Riigikantselei, lk 147
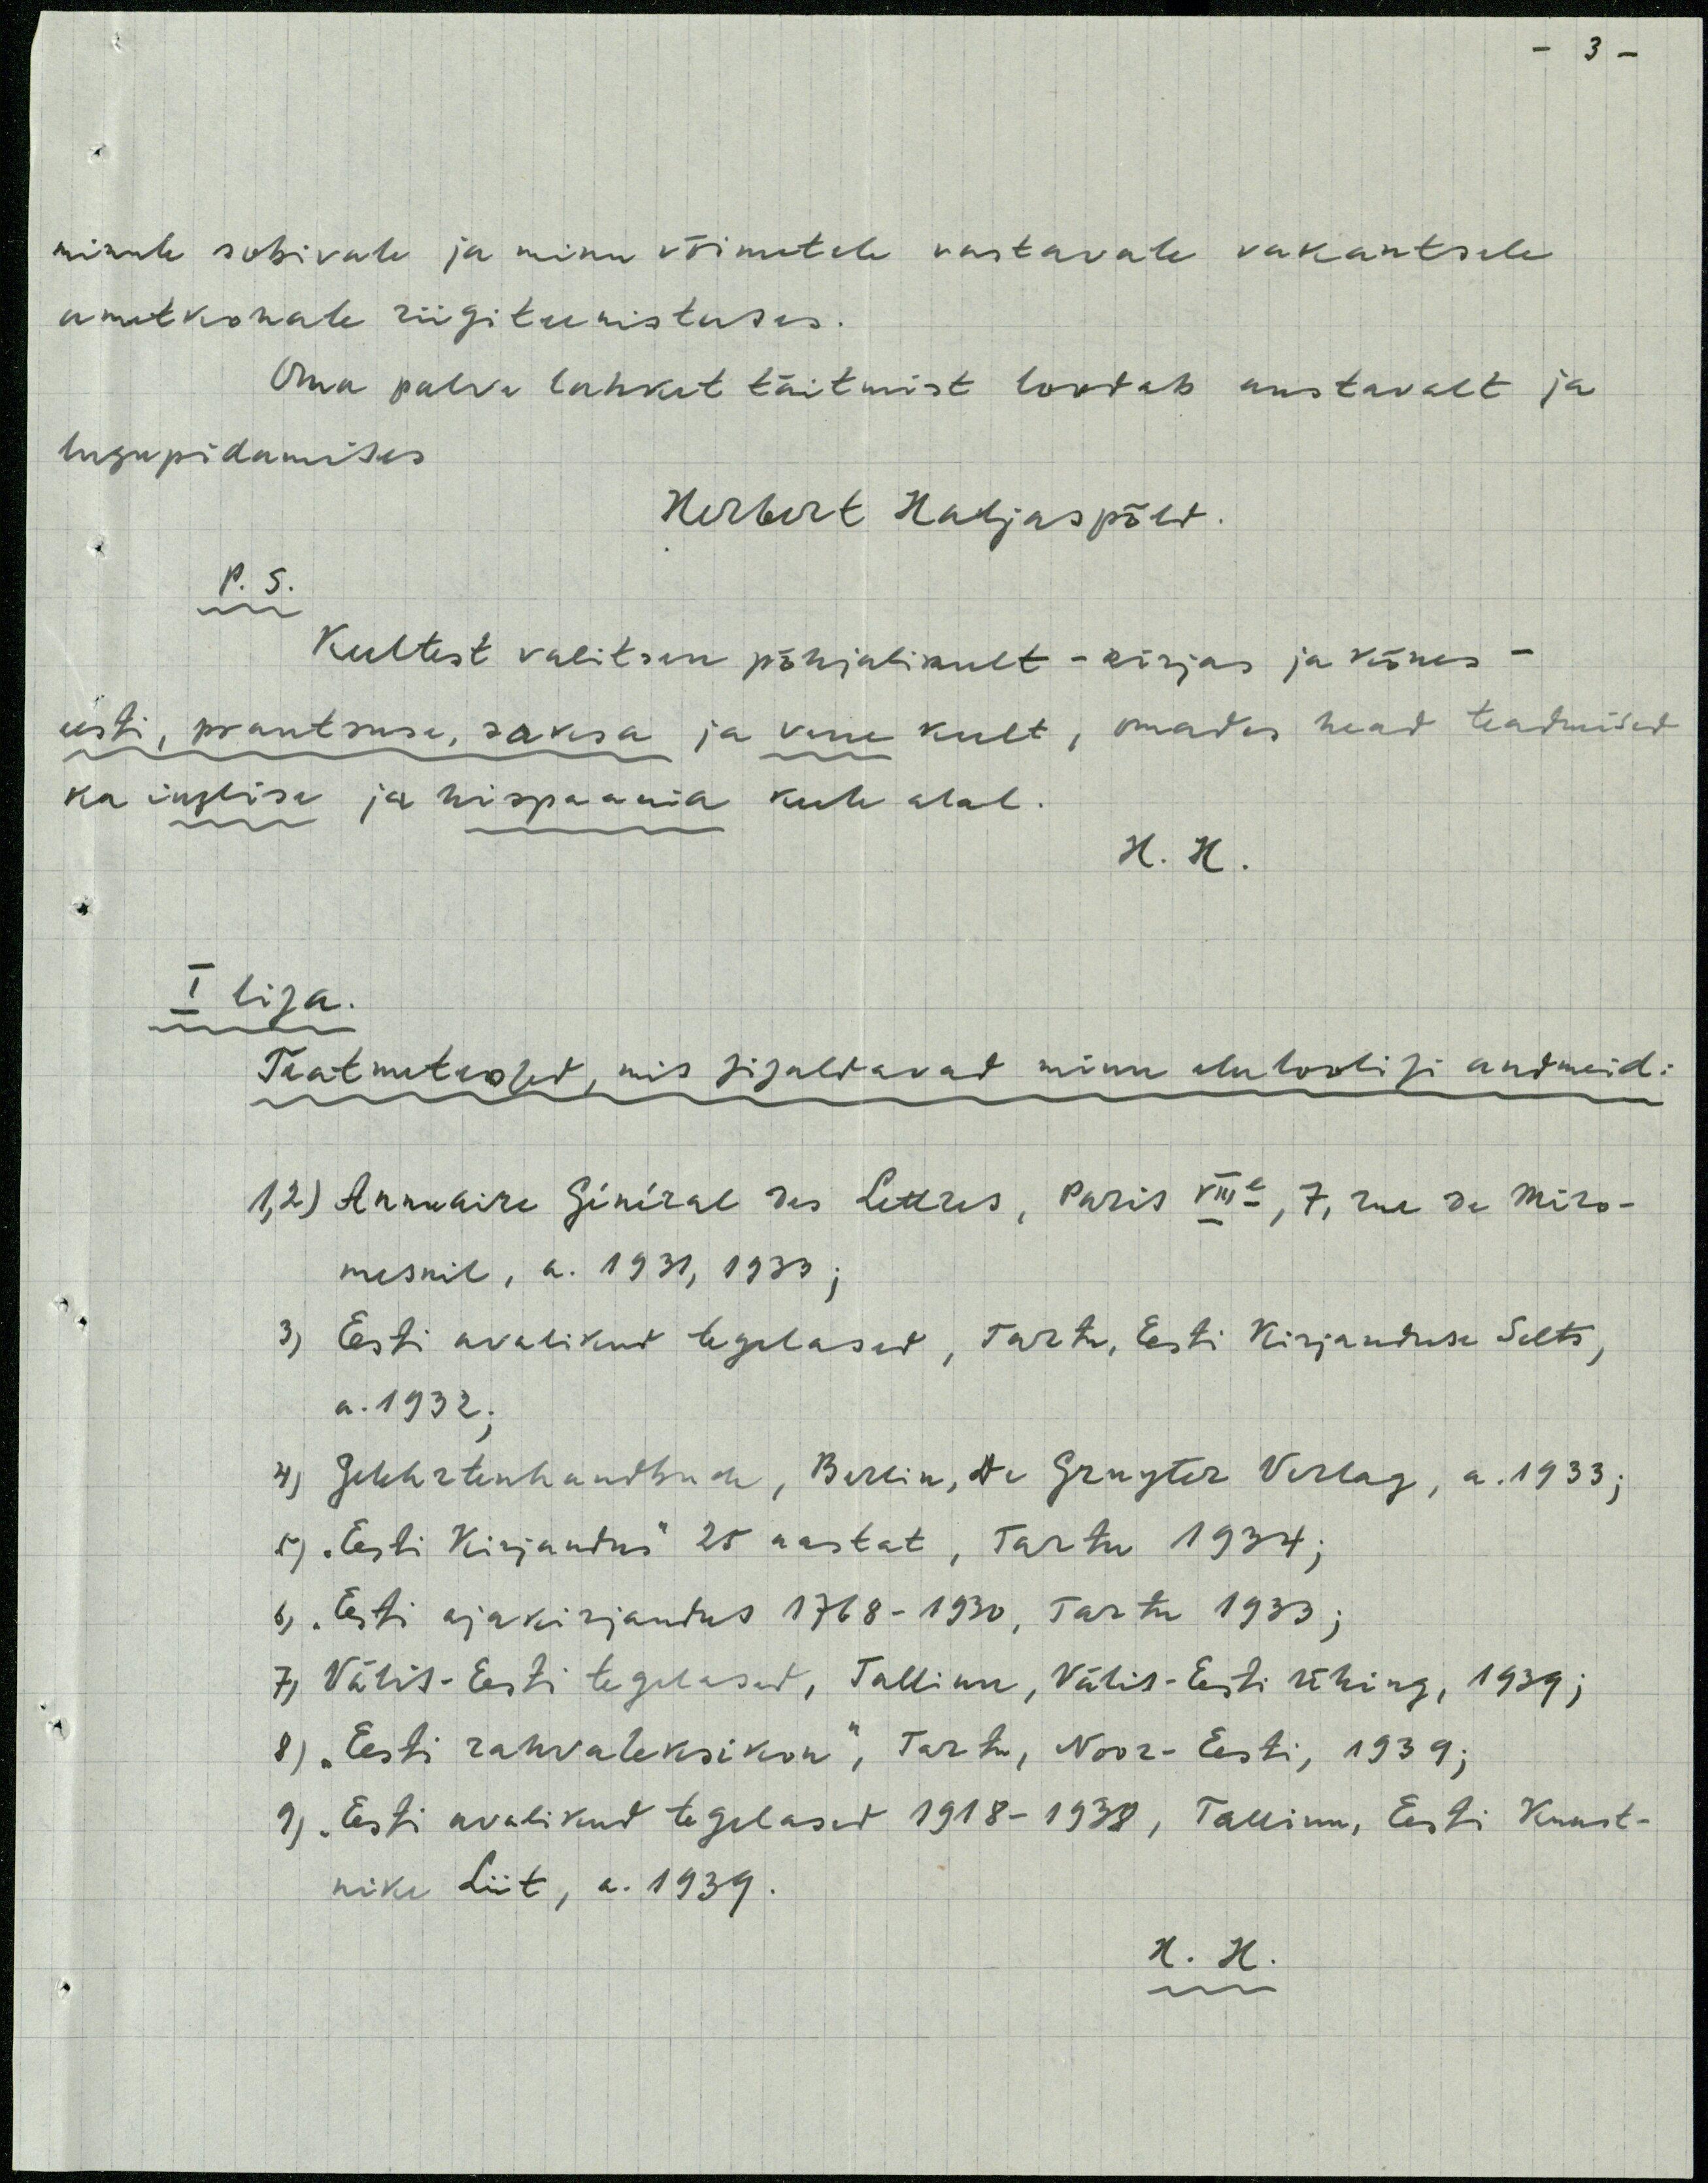
minule sobivale ja minu võimetele vastavale vakantsele
ametkohale riigiteenistuses.
Oma palve lahket täitmist loodab austavalt ja
lugupidamises
Herbert Haljaspõld.
P. 5.
Keetest valitsen põhjalikult - kirjas ja kõnes -
eesti, prantsuse, saksa ja vene keelt, omades head teadmised
ka inglise ja hispaania keele alal.
H. H.
I lisa.
Teatmeteosed, mis sisaldavat minu eluloolisi andmeid.
1,2) Annukiri Sininal ses lekres, Paris VIII, 7, rue de Miro-
mesnil, a. 1931, 1933 ;
3) Eesti avalikud tegelased, Tartu, Eesti Kirjanduse Selts,
a. 1932.
4) Gelehrtenhandbuch, Berlin, Die Grugter Verlag, a. 1933;
5) "Eesti Kirjandus" 25 aastat, Tartu 1934;
6. "Eesti ajakirjandus 1768-1930, Tartu 1933;
7) Välis-Eesti tegelased, Tallinn, Välis-Eesti ühing, 1939,
8) "Eesti rahvaleksikon", Tartu, Noor-Eesi, 1939;
9) "Eesti avalikud tegelased 1918-1938, Tallinn, Eesti Kunst-
nike liit, a. 1939
H. H.